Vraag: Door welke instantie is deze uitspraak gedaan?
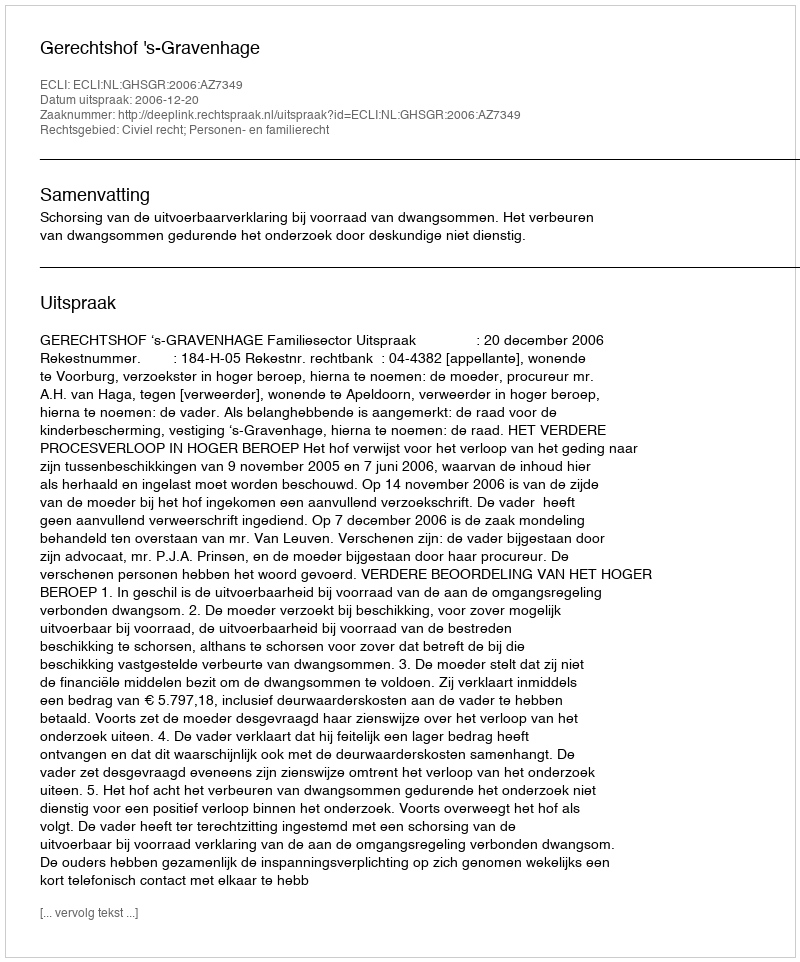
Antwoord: Gerechtshof 's-Gravenhage